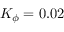
K _ { \phi } = 0 . 0 2